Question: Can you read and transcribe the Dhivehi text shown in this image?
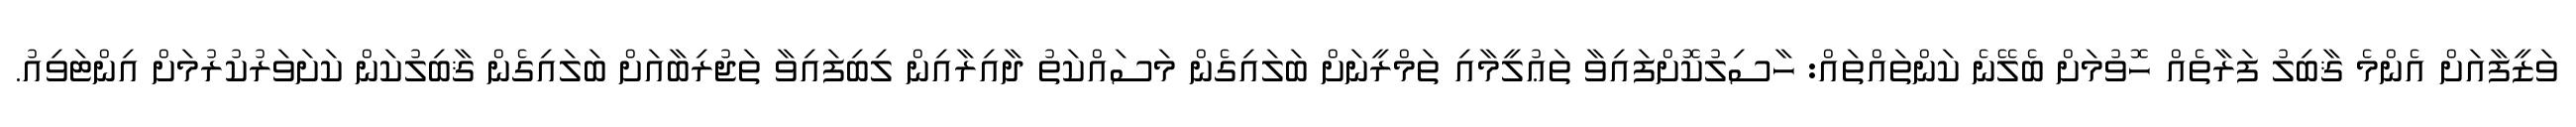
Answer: ވަޒީފާއަށް އެންމެ ޤާބިލު ފަރާތެއް ހޮވުމަށް ބެލޭނެ ކަންތައްތައް: ހާސިލުކޮށްފައިވާ ތަޢުލީމާއި ތަމްރީނަށް ބަލައިގެން މަސައްކަތު ދާއިރާއިން ލިބިފައިވާ ތަޖުރިބާއަށް ބަލައިގެން ޤާބިލުކަން ކަށަވަރުކުރުމަށް އިންޓަވިއު.